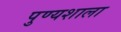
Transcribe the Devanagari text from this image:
पुण्यशाला